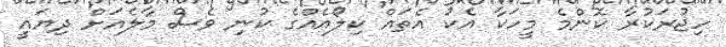
ހިޖުރަކުރާ ކޮންމެ މީހަކާ އެކު އެތައް ކިލޯއެއްގެ ކުނި ވެސް މާލެއަށް ދިޔައީ